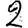
Digit: 2